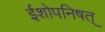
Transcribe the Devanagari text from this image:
ईशोपनिषत्